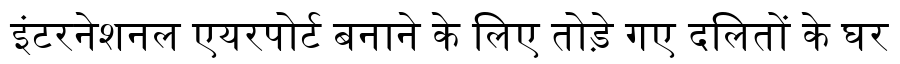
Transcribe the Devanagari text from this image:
इंटरनेशनल एयरपोर्ट बनाने के लिए तोड़े गए दलितों के घर